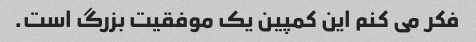
فکر می کنم این کمپین یک موفقیت بزرگ است.